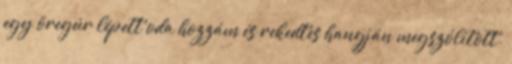
egy öregúr lépett oda hozzám és rekedtes hangján megszólított.